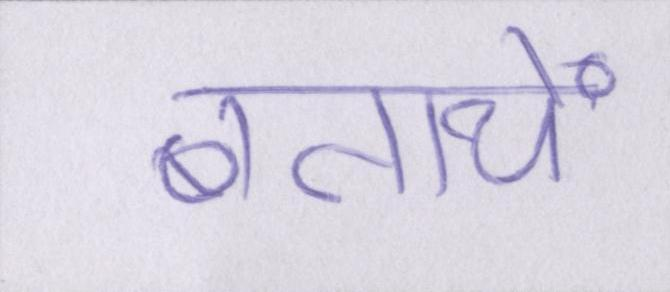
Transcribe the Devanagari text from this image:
बतायें